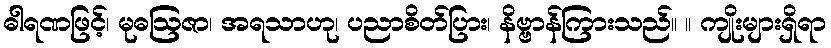
ဓါရဏဖြင့်၊ မုဓဩဇာ၊ အရသာဟု၊ ပညာစိတ်ပြား၊ နိဗ္ဗာန်ကြားသည်။ ။ ကျိုးများရှိရာ